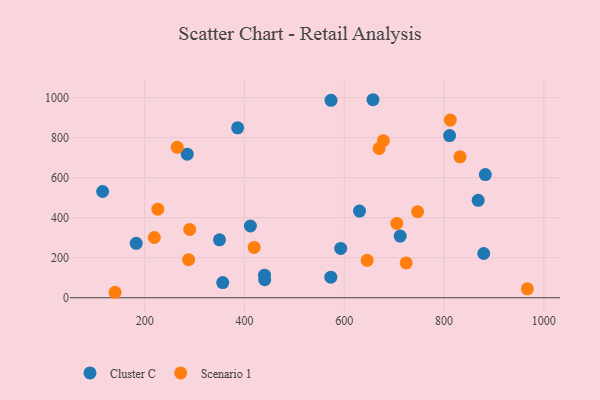
{"axis": {"x": "Distance", "y": "Sales"}, "legend": ["Cluster C", "Scenario 1"], "data": [{"x": "712.1", "y": 308.2, "type": "Cluster C"}, {"x": "811.1", "y": 810.2, "type": "Cluster C"}, {"x": "356.5", "y": 75.7, "type": "Cluster C"}, {"x": "573.5", "y": 986.5, "type": "Cluster C"}, {"x": "592.9", "y": 246.6, "type": "Cluster C"}, {"x": "386.4", "y": 848.8, "type": "Cluster C"}, {"x": "882.7", "y": 615.5, "type": "Cluster C"}, {"x": "411.9", "y": 358.4, "type": "Cluster C"}, {"x": "440.2", "y": 112.8, "type": "Cluster C"}, {"x": "868.4", "y": 486.6, "type": "Cluster C"}, {"x": "879.5", "y": 221.0, "type": "Cluster C"}, {"x": "350.0", "y": 289.1, "type": "Cluster C"}, {"x": "657.6", "y": 989.3, "type": "Cluster C"}, {"x": "573.1", "y": 102.5, "type": "Cluster C"}, {"x": "285.3", "y": 717.3, "type": "Cluster C"}, {"x": "440.6", "y": 90.0, "type": "Cluster C"}, {"x": "115.8", "y": 530.7, "type": "Cluster C"}, {"x": "183.1", "y": 271.9, "type": "Cluster C"}, {"x": "630.6", "y": 433.1, "type": "Cluster C"}, {"x": "705.3", "y": 371.2, "type": "Scenario 1"}, {"x": "669.8", "y": 745.6, "type": "Scenario 1"}, {"x": "678.4", "y": 784.9, "type": "Scenario 1"}, {"x": "645.9", "y": 187.0, "type": "Scenario 1"}, {"x": "290.3", "y": 341.5, "type": "Scenario 1"}, {"x": "724.1", "y": 173.7, "type": "Scenario 1"}, {"x": "967.0", "y": 44.7, "type": "Scenario 1"}, {"x": "812.5", "y": 887.8, "type": "Scenario 1"}, {"x": "226.5", "y": 442.5, "type": "Scenario 1"}, {"x": "265.3", "y": 751.3, "type": "Scenario 1"}, {"x": "288.1", "y": 190.2, "type": "Scenario 1"}, {"x": "832.0", "y": 704.2, "type": "Scenario 1"}, {"x": "219.4", "y": 300.9, "type": "Scenario 1"}, {"x": "419.5", "y": 251.5, "type": "Scenario 1"}, {"x": "140.7", "y": 27.3, "type": "Scenario 1"}, {"x": "747.0", "y": 430.0, "type": "Scenario 1"}]}